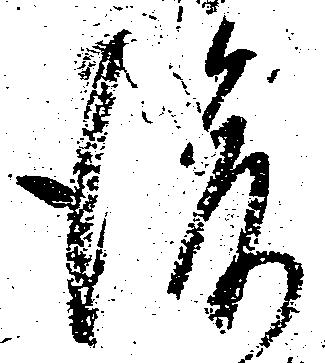
後